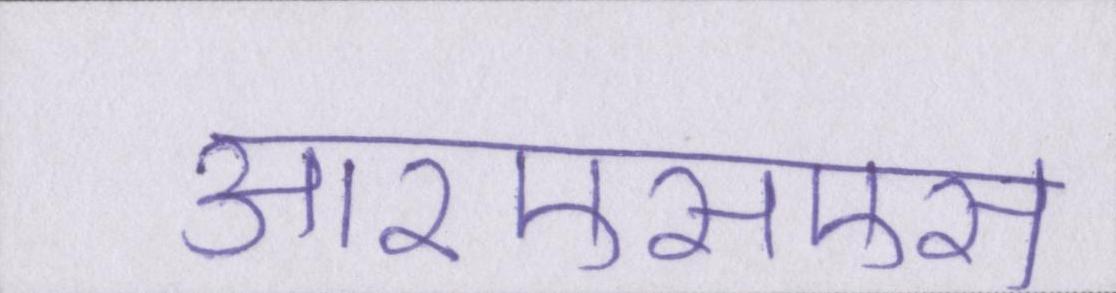
आरएसएस